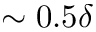
\sim 0 . 5 \delta